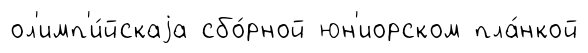
ол'имп'и́йскаjа сбо́рной юн'иорском пла́нкой